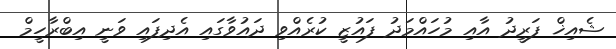
ޝެއިޚް ފަރީދު އާއި މުހައްމަދު ފައުޒީ ކުރެއްވި ދައުވާގައި އެދިފައި ވަނީ އިބްރާހީމް